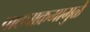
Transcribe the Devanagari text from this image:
पाठ्याक्रमामुळे